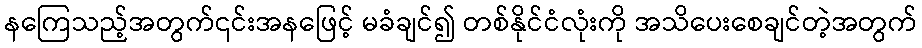
နကြေသည့်အတွက်၎င်းအနဖြေင့် မခံချင်၍ တစ်နိုင်ငံလုံးကို အသိပေးစေချင်တဲ့အတွက်